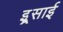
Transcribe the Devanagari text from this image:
इ्र्रसाई